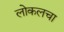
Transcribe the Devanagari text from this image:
लोकलचा